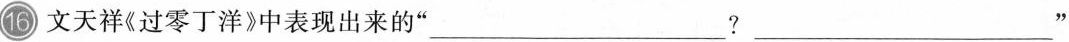
16 文天祥《过零丁洋》中表现出来的”___？___”